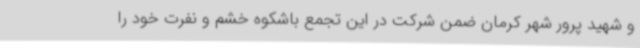
و شهید پرور شهر کرمان ضمن شرکت در این تجمع باشکوه خشم و نفرت خود را